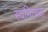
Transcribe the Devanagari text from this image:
स्वमित्ववा